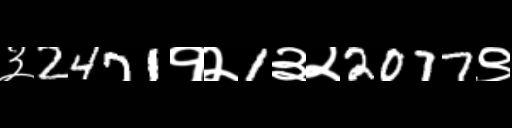
Text: ३2471१२1३२2077९